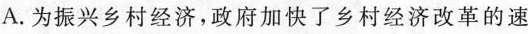
A.为振兴乡村经济，政府加快了乡村经济改革的速